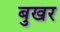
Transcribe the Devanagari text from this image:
बुखर